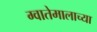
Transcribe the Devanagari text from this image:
ग्वातेमालाच्या